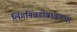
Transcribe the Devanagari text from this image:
लिंगनिवडीबाबतचा